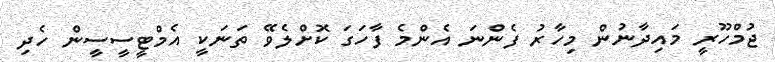
ޖުމްހޫރީ މައިދާނުން މިހާރު ފެންނަ އެންމެ ފާހަގަ ކޮށްލެވޭ ތަނަކީ އެމްޓީސީސީން ހެދި